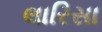
લારિસા